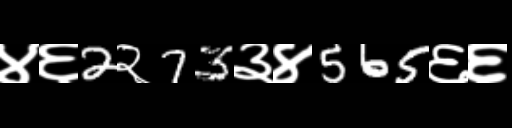
Text: ४६2२73३४565६६